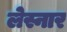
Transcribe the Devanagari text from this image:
लेस्नार